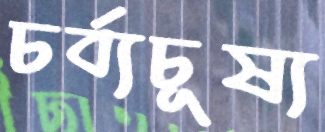
চর্ব্যচূষ্য